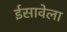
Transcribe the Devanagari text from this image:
ईसावेला